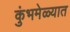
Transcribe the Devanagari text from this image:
कुंभमेळ्यात